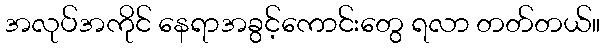
အလုပ်အကိုင် နေရာအခွင့်ကောင်းတွေ ရလာ တတ်တယ်။